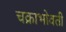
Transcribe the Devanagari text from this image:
चक्राभोवती